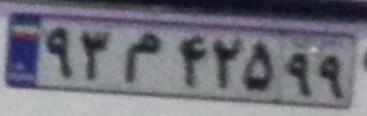
۹۳م۴۲۵۹۹